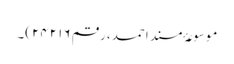
موسوعۂ مسند احمد، رقم ۲۴۲۱۶)۔